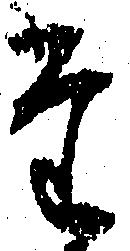
た